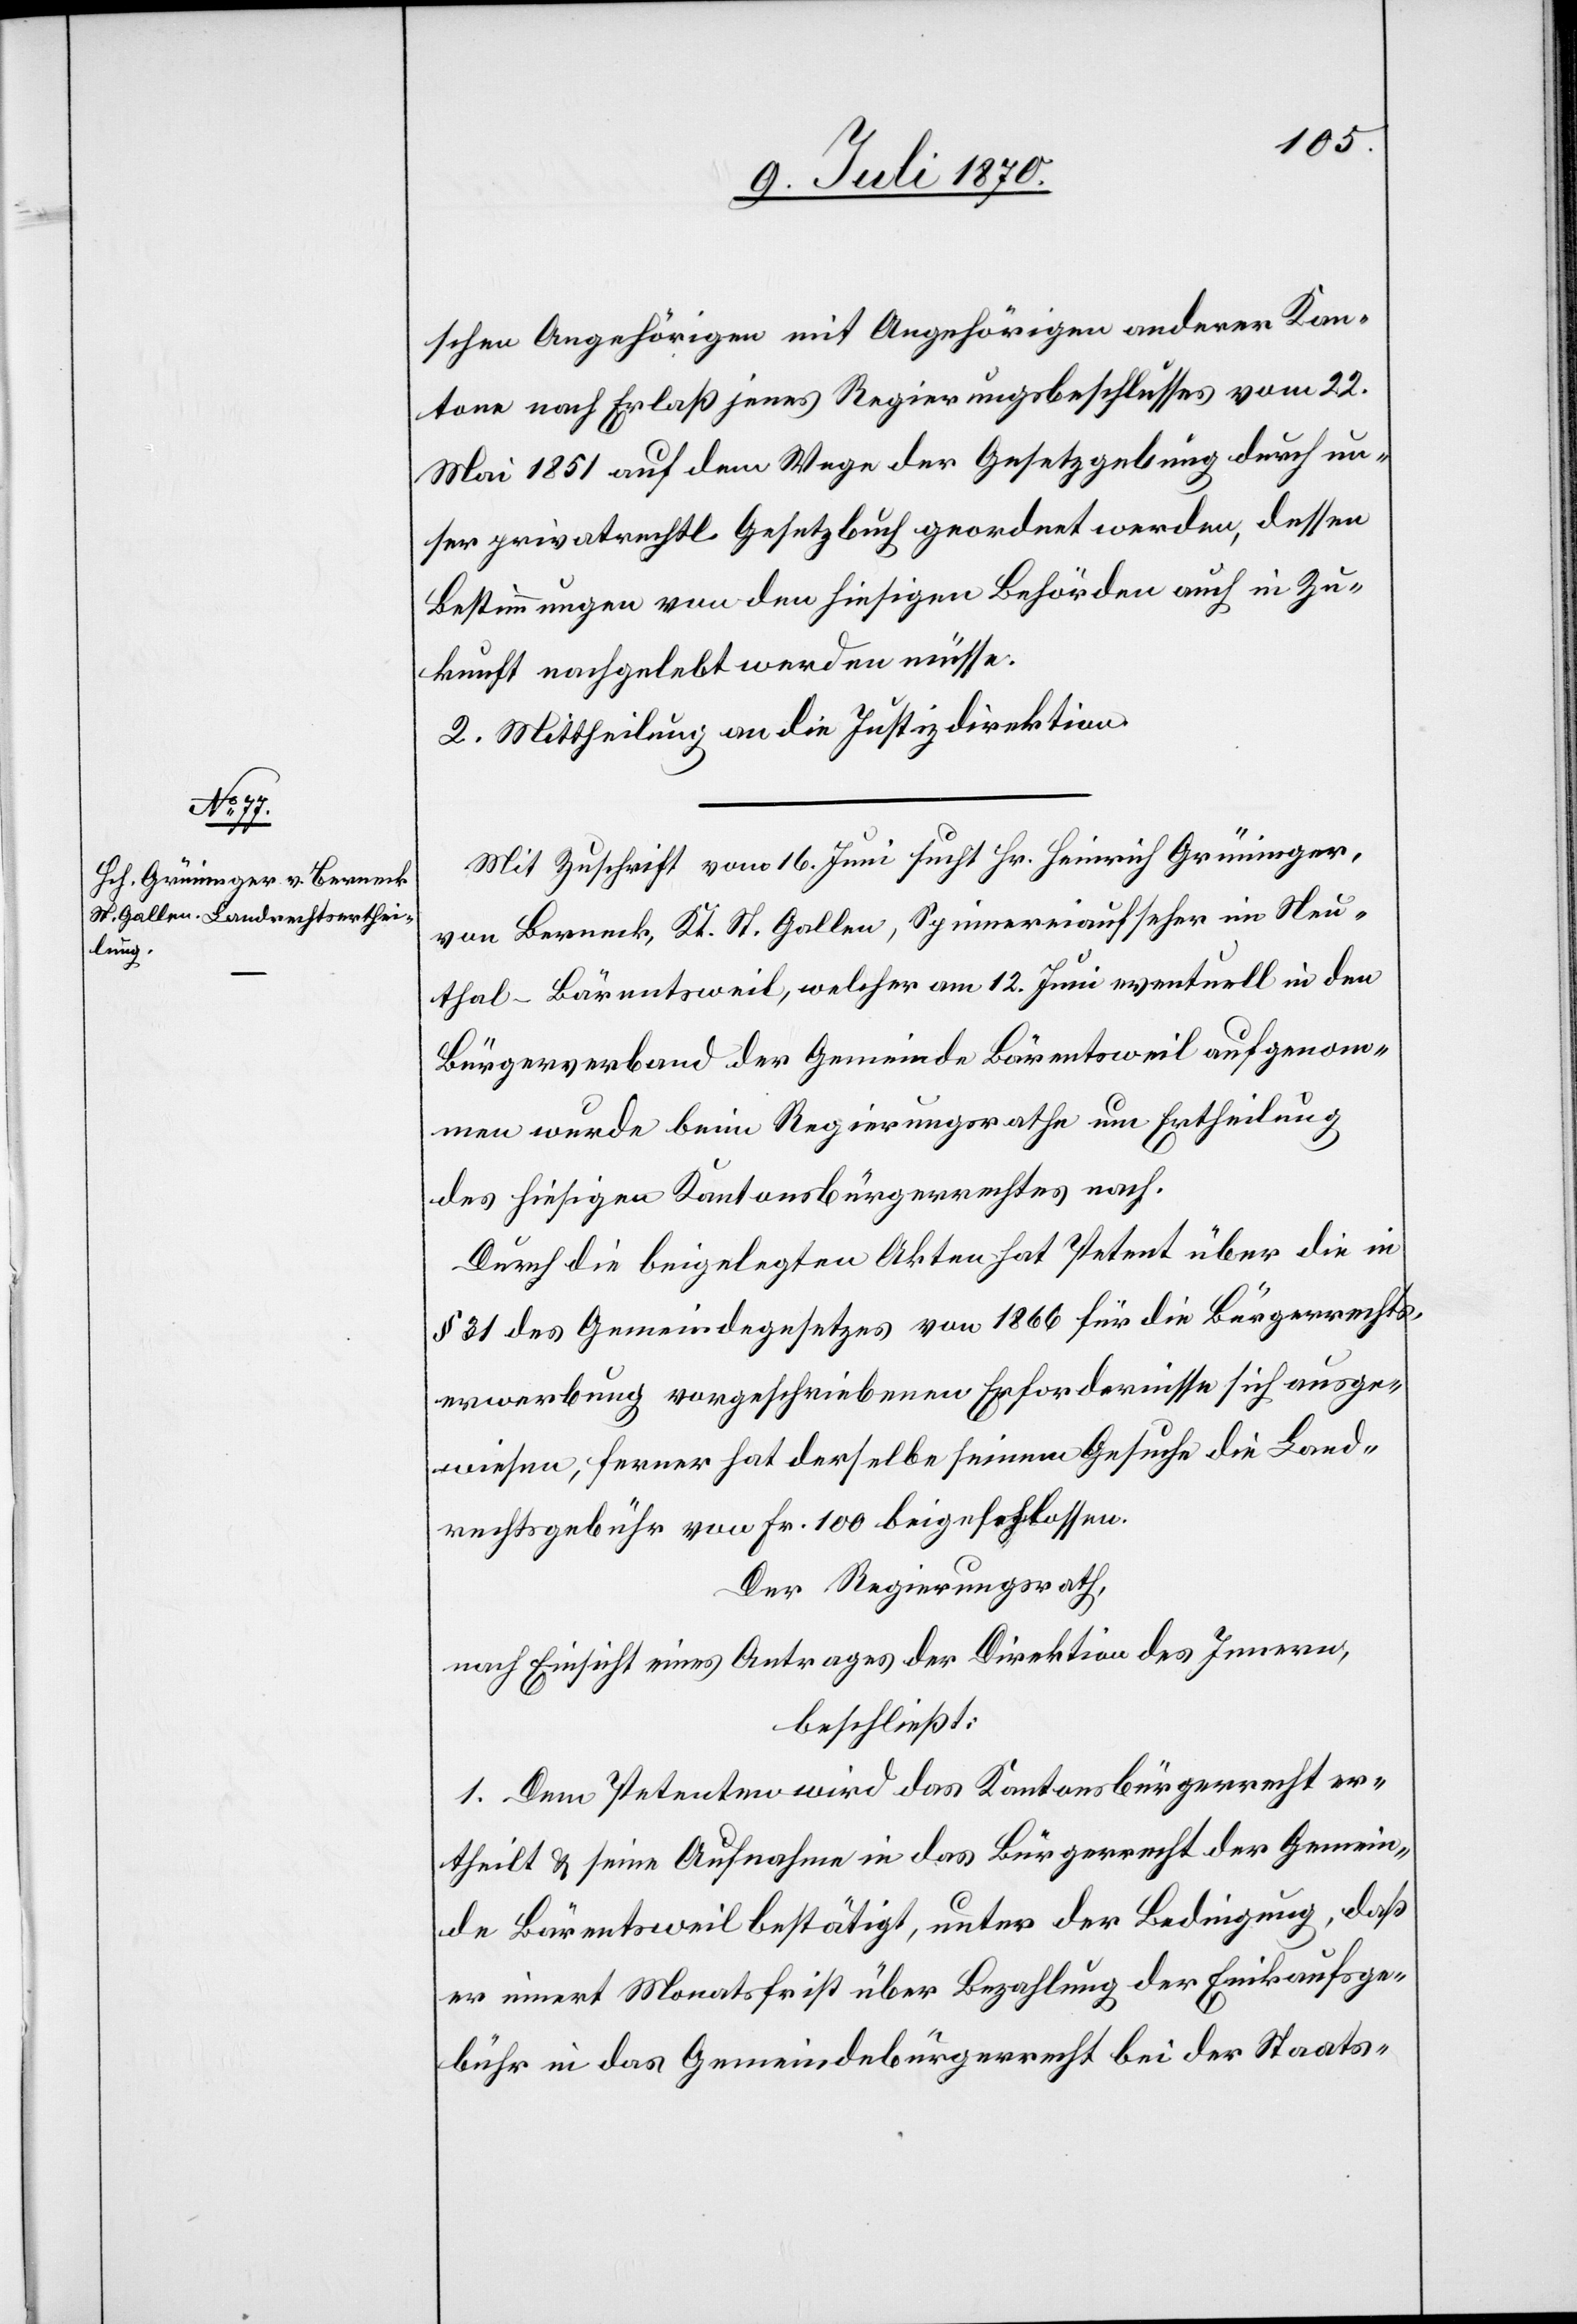
schen Angehörigen mit Angehörigen anderer Kan¬
tone nach Erlaß jenes Regierungsbeschlusses vom 22.
Mai 1851 auf dem Wege der Gesetzgebung durch un¬
ser privatrechtl. Gesetzbuch geordnet werden [sic!], dessen
Bestimmungen von den hiesigen Behörden auch in Zu¬
kunft nachgelebt werden müsse.
2. Mittheilung an die Justizdirektion.
Mit Zuschrift vom 16. Juni sucht Hr. Heinrich Grüninger,
von Berneck, Kt. St. Gallen, Spinnereiaufseher im Neu¬
thal - Bärentsweil, welcher am 12. Juni eventuell in den
Bürgerverband der Gemeinde Bärentsweil aufgenom¬
men wurde beim Regierungsrathe um Ertheilung
des hiesigen Kantonsbürgerrechtes nach.
Durch die beigelegten Akten hat Petent über die in
§ 31 des Gemeindegesetzes von 1866 für die Bürgerrechts¬
erwerbung vorgeschriebenen Erfordernisse sich ausge¬
wiesen, ferner hat derselbe seinem Gesuche die Land¬
rechtsgebühr von Fr. 100 beigeschlossen.
Der Regierungsrath,
nach Einsicht eines Antrages der Direktion des Innern,
beschließt:
1. Dem Petenten wird das Kantonsbürgerrecht er¬
theilt & seine Aufnahme in das Bürgerrecht der Gemein¬
de Bärentsweil bestätigt, unter der Bedingung, daß
er innert Monatsfrist über Bezahlung der Einkaufsge¬
bühr in das Gemeindebürgerrecht bei der Staats-